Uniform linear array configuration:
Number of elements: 4
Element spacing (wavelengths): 0.25
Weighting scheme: uniform
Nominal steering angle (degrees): -15
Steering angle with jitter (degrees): -15.095
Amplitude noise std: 0.05
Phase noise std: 0.05

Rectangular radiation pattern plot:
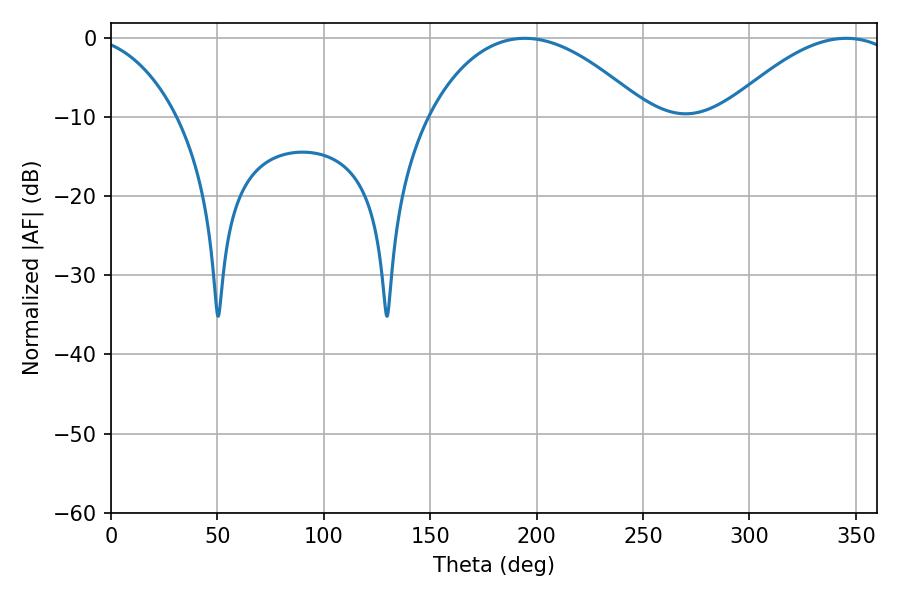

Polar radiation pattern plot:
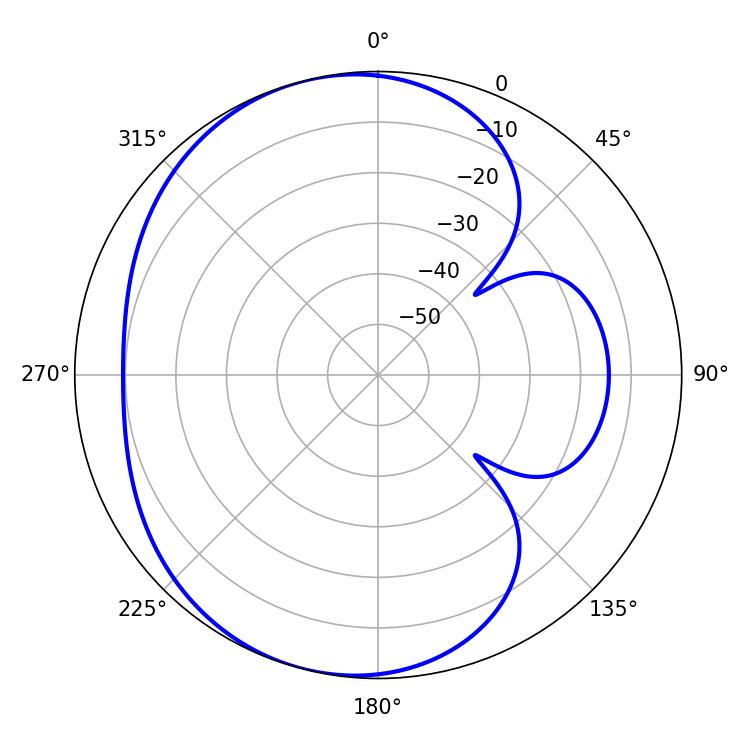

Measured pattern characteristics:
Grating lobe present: FALSE
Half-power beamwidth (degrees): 45.18
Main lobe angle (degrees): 345.6